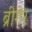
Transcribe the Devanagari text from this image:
ब्रीगेर